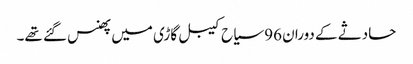
حادثے کے دوران 96 سیاح کیبل گاڑی میں پھنس گئے تھے۔